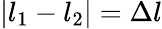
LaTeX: |l_{1}-l_{2}|=\Delta{l}